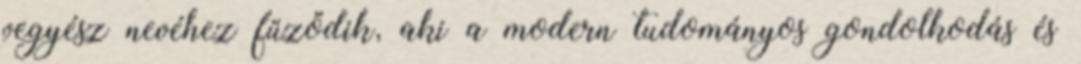
vegyész nevéhez fűződik, aki a modern tudományos gondolkodás és